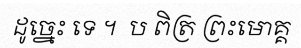
ដូច្នេះ ទេ ។  ប ពិត្រ ព្រះមោគ្គ